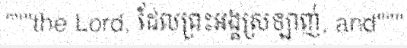
"""the Lord, ដែលព្រះអង្គស្រឡាញ់, and"""